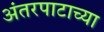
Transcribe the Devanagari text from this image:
अंतरपाटाच्या